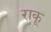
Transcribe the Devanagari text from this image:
राकू